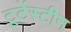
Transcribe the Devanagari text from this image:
टूटेंस्टीन